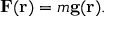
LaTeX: \mathbf { F } ( \mathbf { r } ) = m \mathbf { g } ( \mathbf { r } ) .